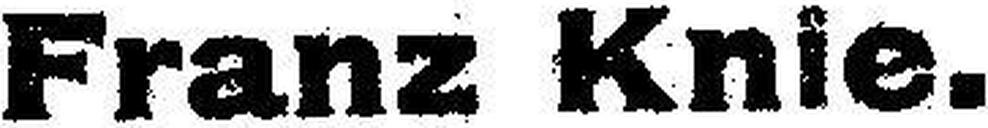
Franz Knie.